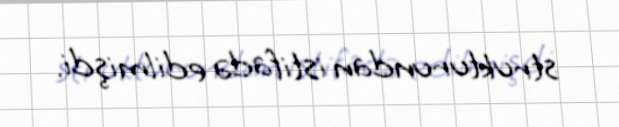
strukturundan istifadə edilmişdi.